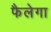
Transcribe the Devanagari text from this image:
फैलेगा